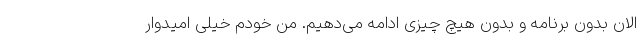
الان بدون برنامه و بدون هیچ چیزی ادامه می‌دهیم. من خودم خیلی امیدوار